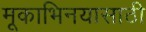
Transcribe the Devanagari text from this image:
मूकाभिनयासाठी